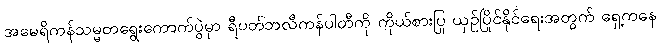
အမေရိကန်သမ္မတရွေးကောက်ပွဲမှာ ရီပတ်ဘလီကန်ပါတီကို ကိုယ်စားပြု ယှဉ်ပြိုင်နိုင်ရေးအတွက် ရှေ့ကနေ